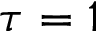
\tau = 1